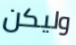
وليكن